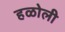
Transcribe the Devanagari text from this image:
हळोली